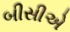
બીસીએ